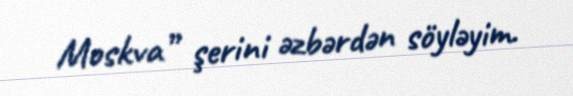
Moskva” şerini əzbərdən söyləyim.